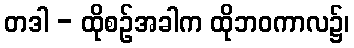
တဒါ - ထိုစဉ်အခါက ထိုဘဝကာလ၌၊